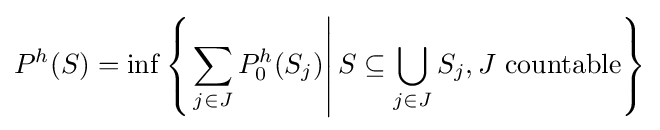
P^{h}(S)=\inf \left\{\left.\sum _{j\in J}P_{0}^{h}(S_{j})\right|S\subseteq \bigcup _{j\in J}S_{j},J{\text{ countable}}\right\}